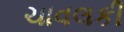
ચાવલકી